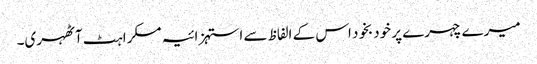
میرے چہرے پر خودبخود اس کے الفاظ سے استہزائیہ مسکراہٹ آٹھہری۔